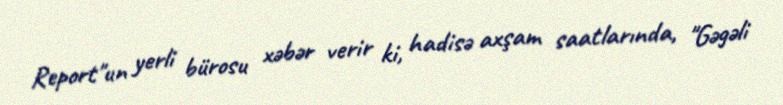
Report"un yerli bürosu xəbər verir ki, hadisə axşam saatlarında, "Gəgəli